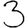
Digit: 3